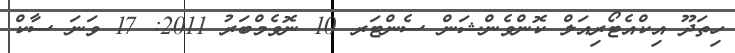
ހިތަދޫ އިކްއެޓޯރިއަލް ކޮންވެންޝަން ސެންޓަރ 10 ނޮވެމްބަރު 2011: 17 ވަނަ ސާކް